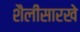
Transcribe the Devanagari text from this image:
शैलीसारखे